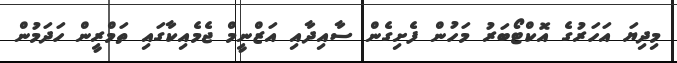
މިދިޔަ އަހަރުގެ އޮކްޓޯބަރު މަހުން ފެށިގެން ސާއިދާއި އަޒްނީމް ޖެމެއިކާގައި ތަމްރީން ހަދަމުން